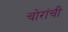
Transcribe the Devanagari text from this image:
चोरांची